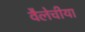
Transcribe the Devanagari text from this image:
वैलेचीया